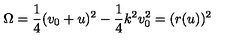
\Omega = \frac { 1 } { 4 } ( v _ { 0 } + u ) ^ { 2 } - \frac { 1 } { 4 } k ^ { 2 } v _ { 0 } ^ { 2 } = ( r ( u ) ) ^ { 2 }